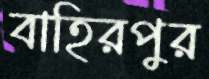
বাহিরপুর